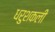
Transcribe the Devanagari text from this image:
धरुशकली